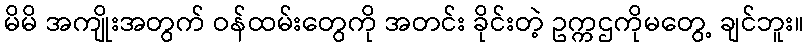
မိမိ အကျိုးအတွက် ဝန်ထမ်းတွေကို အတင်း ခိုင်းတဲ့ ဥက္ကဌကိုမတွေ့ ချင်ဘူး။